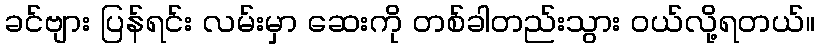
ခင်ဗျား ပြန်ရင်း လမ်းမှာ ဆေးကို တစ်ခါတည်းသွား ဝယ်လို့ရတယ်။